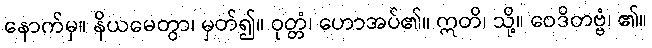
နောက်မှ။ နိယမေတွာ၊ မှတ်၍။ ဝုတ္တံ၊ ဟောအပ်၏။ ဣတိ၊ သို့။ ဝေဒိတဗ္ဗံ၊ ၏။